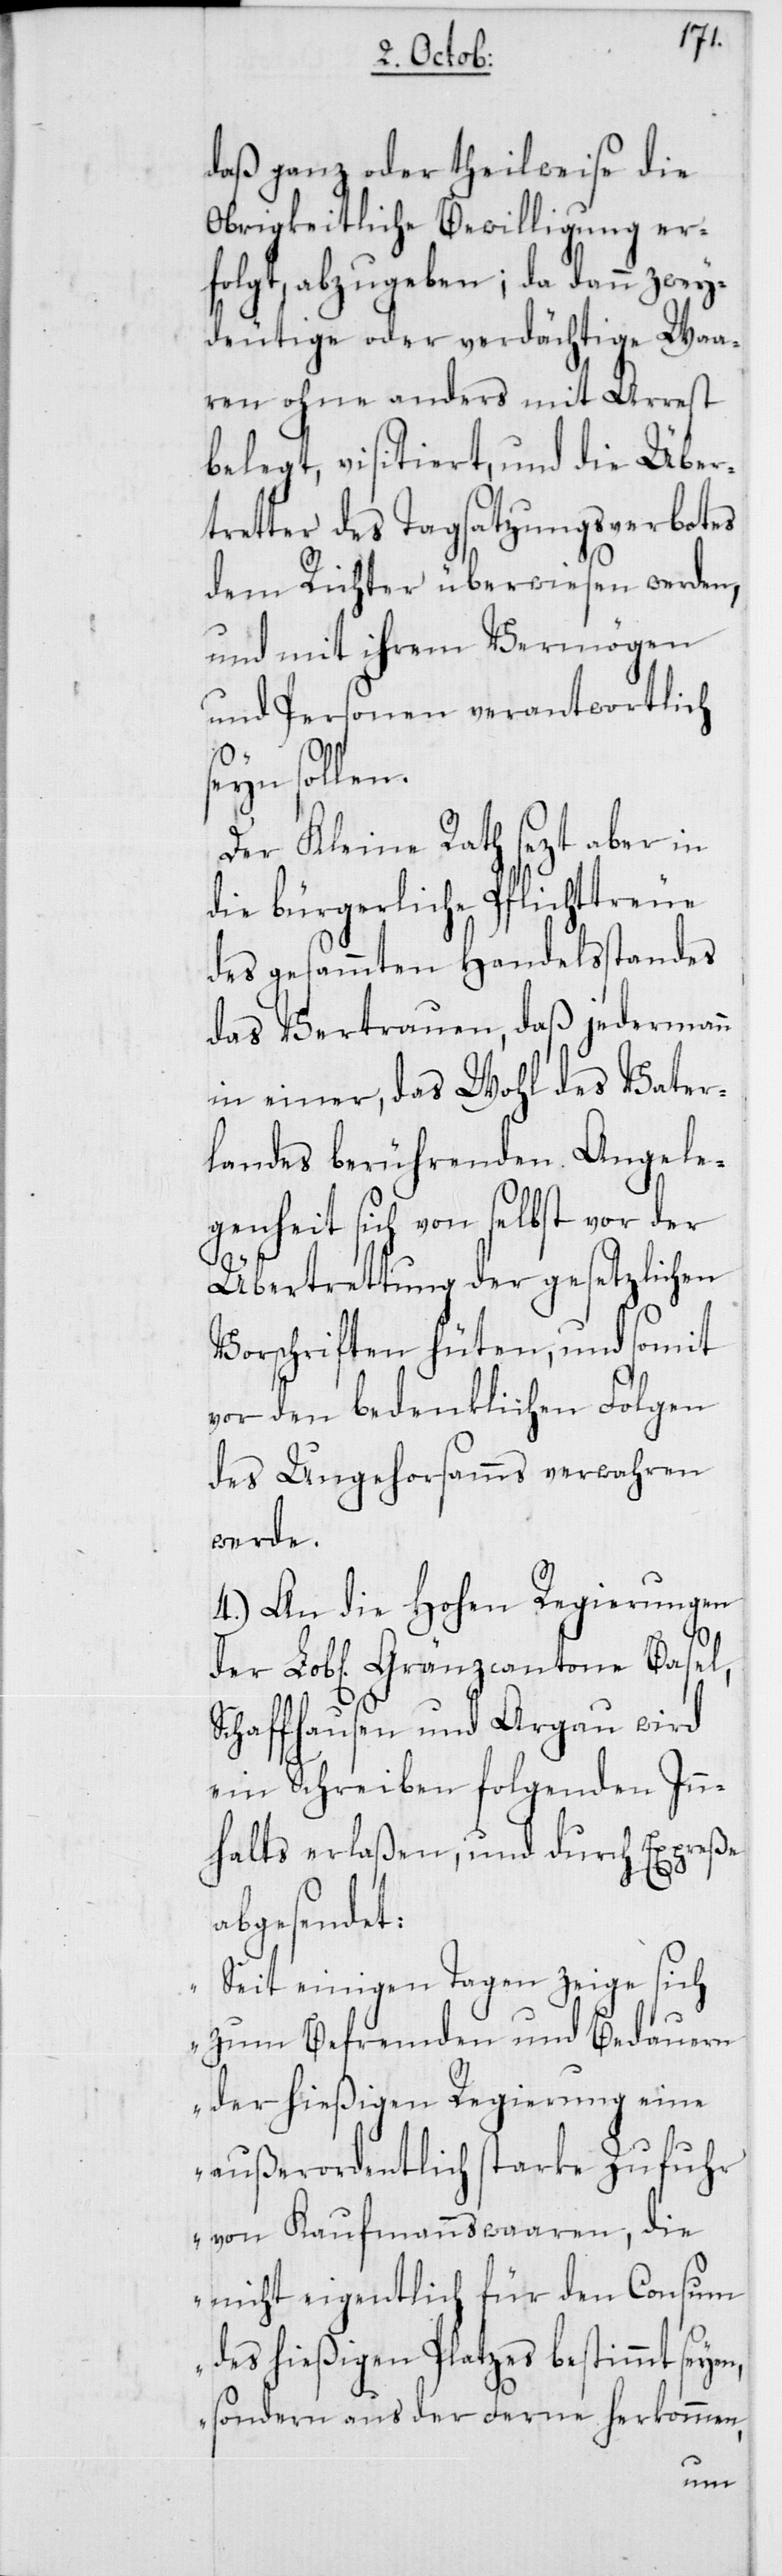
daß ganz oder theilweise die
Obrigkeitliche Bewilligung er¬
folgt, abzugeben; da dann zwey¬
deutige oder verdächtige Waa¬
ren ohne anders mit Arrest
belegt, visitiert, und die Über¬
treter des Tagsatzungsverbotes
dem Richter überwiesen werden,
und mit ihrem Vermögen
und Personen verantwortlich
seyn sollen.
Der Kleine Rath sezt aber in
die bürgerliche Pflichttreue
des gesammten Handelsstandes
das Vertrauen, daß jedermann
in einer, das Wohl des Vater¬
landes berührenden Angele¬
genheit sich von selbst vor der
Übertrettung der gesetzlichen
Vorschriften hüten, und somit
vor den bedenklichen Folgen
des Ungehorsamms verwahren
werde.
4. An die Hohen Regierungen
Schaffhausen und Argau wird
ein Schreiben folgenden Inn¬
halts erlaßen, und durch Expreße
abgesendet:
„Seit einigen Tagen zeige sich
zum Befremden und Bedauern
der hießigen Regierung eine
außerordentlich starke Zufuhr
von Kaufmannswaaren, die
nicht eigentlich für den Consum
des hießigen Platzes bestimmt seye¬
sondern aus der Ferne herkommen,
n,